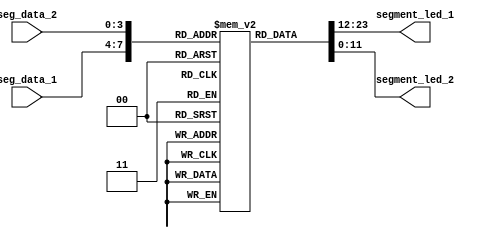
module segment
   (
    input  wire [3:0] seg_data_1,  //
    input  wire [3:0] seg_data_2,  //
    output wire [11:0] segment_led_1,  //1MSB~LSB = SEG,DP,G,F,E,D,C,B,A
    output wire [11:0] segment_led_2   //2MSB~LSB = SEG,DP,G,F,E,D,C,B,A
   );
   reg[11:0] seg [15:0];           //7
   initial 
	begin
		seg[0] = ~12'h3f;   //  0
		seg[1] = ~12'h06;   //  1
		seg[2] = ~12'h5b;   //  2
		seg[3] = ~12'h4f;   //  3
		seg[4] = ~12'h66;   //  4
		seg[5] = ~12'h6d;   //  5
		seg[6] = ~12'h7d;   //  6
		seg[7] = ~12'h07;   //  7
		seg[8] = ~12'h7f;   //  8
		seg[9] = ~12'h6f;   //  9
		seg[10]= ~12'h77;   //  A
		seg[11]= ~12'h7C;   //  B
		seg[12]= ~12'h39;   //  C
		seg[13]= ~12'h5e;   //  D
		seg[14]= ~12'h79;   //  E
		seg[15]= ~12'h71;   //  F
	end
   assign segment_led_1 = seg[seg_data_1];
   assign segment_led_2 = seg[seg_data_2];
  endmodule